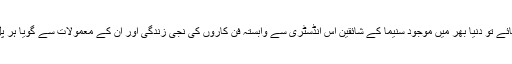
ہالی وڈ کی بات کی جائے تو دنیا بھر میں موجود سنیما کے شائقین اس انڈسٹری سے وابستہ فن کاروں کی نجی زندگی اور ان کے معمولات سے گویا ہر پَل آگاہ رہنا چاہتے ہیں۔